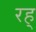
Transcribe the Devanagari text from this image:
रह्